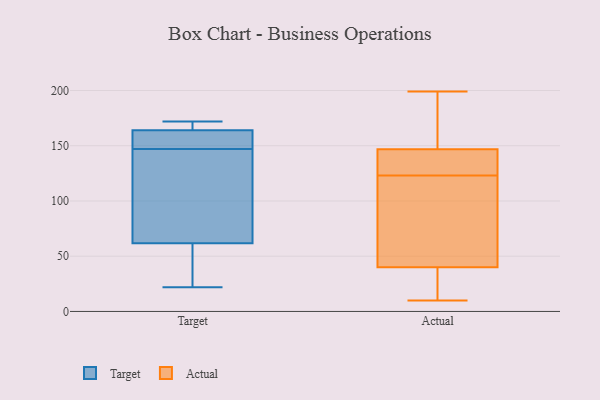
{"axis": {"x": "Satisfaction Score", "y": "Value"}, "legend": ["Actual", "Target"], "data": [{"x": "", "y": 147, "type": "Target"}, {"x": "", "y": 48, "type": "Target"}, {"x": "", "y": 108, "type": "Target"}, {"x": "", "y": 164, "type": "Target"}, {"x": "", "y": 150, "type": "Target"}, {"x": "", "y": 61, "type": "Target"}, {"x": "", "y": 22, "type": "Target"}, {"x": "", "y": 172, "type": "Target"}, {"x": "", "y": 164, "type": "Target"}, {"x": "", "y": 166, "type": "Target"}, {"x": "", "y": 64, "type": "Target"}, {"x": "", "y": 25, "type": "Actual"}, {"x": "", "y": 39, "type": "Actual"}, {"x": "", "y": 10, "type": "Actual"}, {"x": "", "y": 43, "type": "Actual"}, {"x": "", "y": 149, "type": "Actual"}, {"x": "", "y": 96, "type": "Actual"}, {"x": "", "y": 153, "type": "Actual"}, {"x": "", "y": 126, "type": "Actual"}, {"x": "", "y": 163, "type": "Actual"}, {"x": "", "y": 199, "type": "Actual"}, {"x": "", "y": 96, "type": "Actual"}, {"x": "", "y": 123, "type": "Actual"}, {"x": "", "y": 162, "type": "Actual"}, {"x": "", "y": 85, "type": "Actual"}, {"x": "", "y": 17, "type": "Actual"}, {"x": "", "y": 129, "type": "Actual"}, {"x": "", "y": 20, "type": "Actual"}, {"x": "", "y": 128, "type": "Actual"}, {"x": "", "y": 140, "type": "Actual"}]}